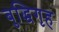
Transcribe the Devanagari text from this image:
बुद्धिगृह